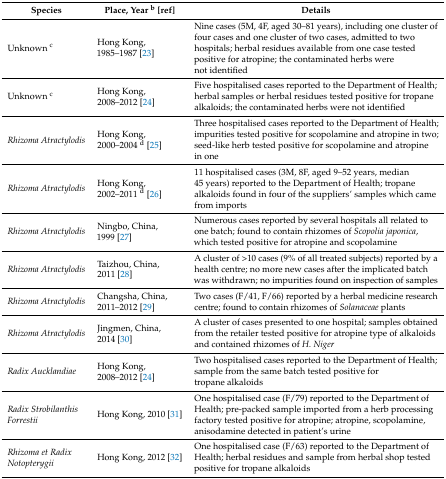
<table><thead><tr><td><b>Species</b></td><td><b>Place, Year <sup>b</sup> [ref]</b></td><td><b>Details</b></td></tr></thead><tbody><tr><td>Unknown <sup>c</sup></td><td>Hong Kong, 1985–1987 [23]</td><td>Nine cases (5M, 4F, aged 30–81 years), including one cluster of four cases and one cluster of two cases, admitted to two hospitals; herbal residues available from one case tested positive for atropine; the contaminated herbs were not identified</td></tr><tr><td>Unknown <sup>c</sup></td><td>Hong Kong, 2008–2012 [24]</td><td>Five hospitalised cases reported to the Department of Health; herbal samples or herbal residues tested positive for tropane alkaloids; the contaminated herbs were not identified</td></tr><tr><td><i>Rhizoma Atractylodis</i></td><td>Hong Kong, 2000–2004 <sup>d</sup> [25]</td><td>Three hospitalised cases reported to the Department of Health; impurities tested positive for scopolamine and atropine in two; seed-like herb tested positive for scopolamine and atropine in one</td></tr><tr><td><i>Rhizoma Atractylodis</i></td><td>Hong Kong, 2002–2011 <sup>d</sup> [26]</td><td>11 hospitalised cases (3M, 8F, aged 9–52 years, median 45 years) reported to the Department of Health; tropane alkaloids found in four of the suppliers’ samples which came from imports</td></tr><tr><td><i>Rhizoma Atractylodis</i></td><td>Ningbo, China, 1999 [27]</td><td>Numerous cases reported by several hospitals all related to one batch; found to contain rhizomes of <i>Scopolia japonica</i>, which tested positive for atropine and scopolamine</td></tr><tr><td><i>Rhizoma Atractylodis</i></td><td>Taizhou, China, 2011 [28]</td><td>A cluster of &gt;10 cases (9% of all treated subjects) reported by a health centre; no more new cases after the implicated batch was withdrawn; no impurities found on inspection of samples</td></tr><tr><td><i>Rhizoma Atractylodis</i></td><td>Changsha, China, 2011–2012 [29]</td><td>Two cases (F/41, F/66) reported by a herbal medicine research centre; found to contain rhizomes of <i>Solanaceae</i> plants</td></tr><tr><td><i>Rhizoma Atractylodis</i></td><td>Jingmen, China, 2014 [30]</td><td>A cluster of cases presented to one hospital; samples obtained from the retailer tested positive for atropine type of alkaloids and contained rhizomes of <i>H. Niger</i></td></tr><tr><td><i>Radix Aucklandiae</i></td><td>Hong Kong, 2008–2012 [24]</td><td>Two hospitalised cases reported to the Department of Health; sample from the same batch tested positive for tropane alkaloids</td></tr><tr><td><i>Radix Strobilanthis Forrestii</i></td><td>Hong Kong, 2010 [31]</td><td>One hospitalised case (F/79) reported to the Department of Health; pre-packed sample imported from a herb processing factory tested positive for atropine; atropine, scopolamine, anisodamine detected in patient’s urine</td></tr><tr><td><i>Rhizoma et Radix Notopterygii</i></td><td>Hong Kong, 2012 [32]</td><td>One hospitalised case (F/63) reported to the Department of Health; herbal residues and sample from herbal shop tested positive for tropane alkaloids</td></tr></tbody></table>